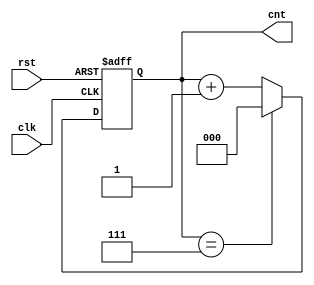
module modulus_counter #(
    parameter N = 8  // Configurable modulus value (N must be a positive integer)
)(
    input wire clk,   // Clock input
    input wire rst,   // Asynchronous reset input
    output reg [$clog2(N)-1:0] cnt // Current count output
);

// Always block triggered on the rising edge of the clock or when reset is asserted
always @(posedge clk or posedge rst) begin
    if (rst) begin
        cnt <= 0; // Reset the count to 0
    end else begin
        if (cnt == N-1) begin
            cnt <= 0; // Wrap around to 0 after reaching N-1
        end else begin
            cnt <= cnt + 1; // Increment the count
        end
    end
end

endmodule